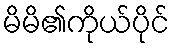
မိမိ၏ကိုယ်ပိုင်